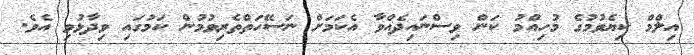
އިލްމް ކިޔެވުމުގެ މުހިއްމު ކަން ވިސްނައިދެއްވާ އެކަމަށް ނަސޭހަތްތެރިވުމުން ކަމުގައި ވިދާޅުވި އެވެ.